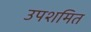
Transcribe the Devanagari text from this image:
उपशमित